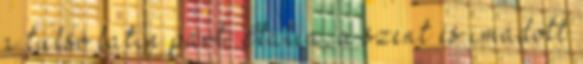
a túlsó latin part: Itália, a szent és imádott